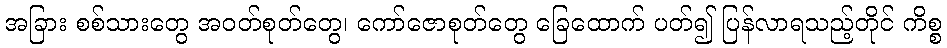
အခြား စစ်သားတွေ အဝတ်စုတ်တွေ၊ ကော်ဇောစုတ်တွေ ခြေထောက် ပတ်၍ ပြန်လာရသည့်တိုင် ကိစ္စ